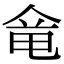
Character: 𠊋